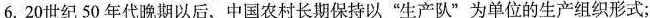
6.20世纪50年代晚期以后，中国农村长期保持以”生产队”为单位的生产组织形式；